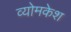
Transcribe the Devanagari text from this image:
व्‍योमकेश